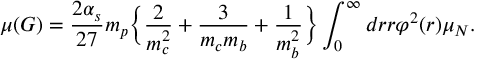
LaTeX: \mu ( G ) = \frac { 2 \alpha _ { s } } { 2 7 } m _ { p } \bigg \{ \frac { 2 } { m _ { c } ^ { 2 } } + \frac { 3 } { m _ { c } m _ { b } } + \frac { 1 } { m _ { b } ^ { 2 } } \bigg \} \int _ { 0 } ^ { \infty } d r r \varphi ^ { 2 } ( r ) \mu _ { N } .